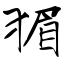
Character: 猸